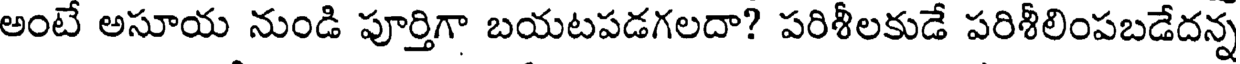
అంటే అసూయ నుండి పూర్తిగా బయటపడగలదా? పరిశీలకుడే పరిశీలింపబడేదన్న